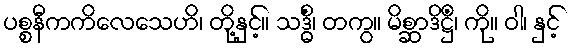
ပစ္စနီကကိလေသေဟိ၊ တို့နှင့်။ သဒ္ဓိံ၊ တကွ။ မိစ္ဆာဒိဋ္ဌိံ၊ ကို။ ဝါ၊ နှင့်